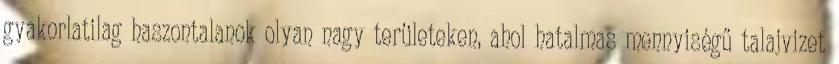
gyakorlatilag haszontalanok olyan nagy területeken, ahol hatalmas mennyiségű talajvizet